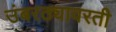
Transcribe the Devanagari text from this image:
उंबरठ्यावरती